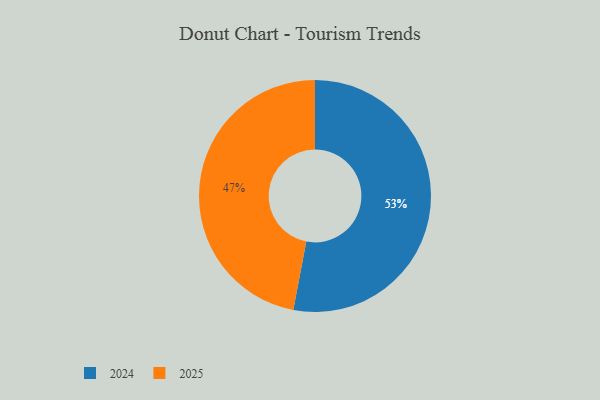
{"axis": {"x": "Category", "y": "Percentage"}, "legend": ["2024", "2025"], "data": [{"x": "2024", "y": 53, "type": "2024"}, {"x": "2025", "y": 47, "type": "2025"}]}